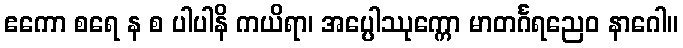
ဧကော စရေ န စ ပါပါနိ ကယိရာ၊ အပ္ပေါဿုက္ကော မာတင်္ဂရညေဝ နာဂေါ။